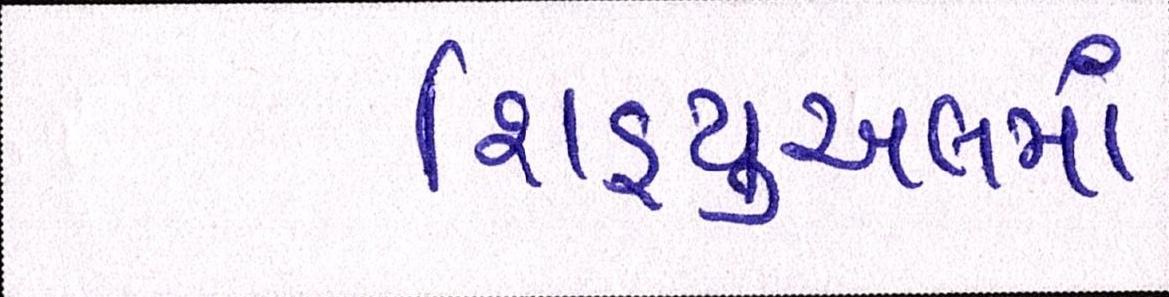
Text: શિડ્યુઅલમાં